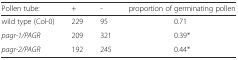
<table><thead><tr><td><b>Pollen tube:</b></td><td><b>+</b></td><td><b>-</b></td><td><b>proportion of germinating pollen</b></td></tr></thead><tbody><tr><td>wild type (Col-0)</td><td>229</td><td>95</td><td>0.71</td></tr><tr><td><i>pagr-1/PAGR</i></td><td>209</td><td>321</td><td>0.39*</td></tr><tr><td><i>pagr-2/PAGR</i></td><td>192</td><td>245</td><td>0.44*</td></tr></tbody></table>